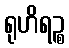
ရုဟိရဉ္စ